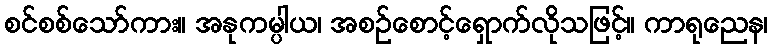
စင်စစ်သော်ကား။ အနုကမ္ပါယ၊ အစဉ်စောင့်ရှောက်လိုသဖြင့်။ ကာရုညေန၊